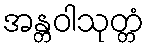
အန္တဝါသုတ္တံ